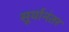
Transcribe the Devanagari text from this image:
सूर्यानंतर